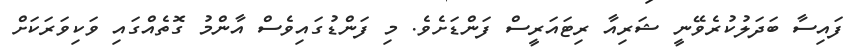
ފައިސާ ބަދަލުކުރެވޭނީ ޝަރިއާ ރިޓައަރީސް ފަންޑަށެވެ. މި ފަންޑުގައިވެސް އާންމު ގޮތެއްގައި ވަކިވަރަކަށް